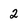
Character: 2